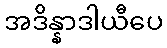
အဒိန္နာဒါယီပေ